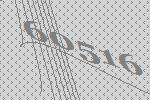
60516